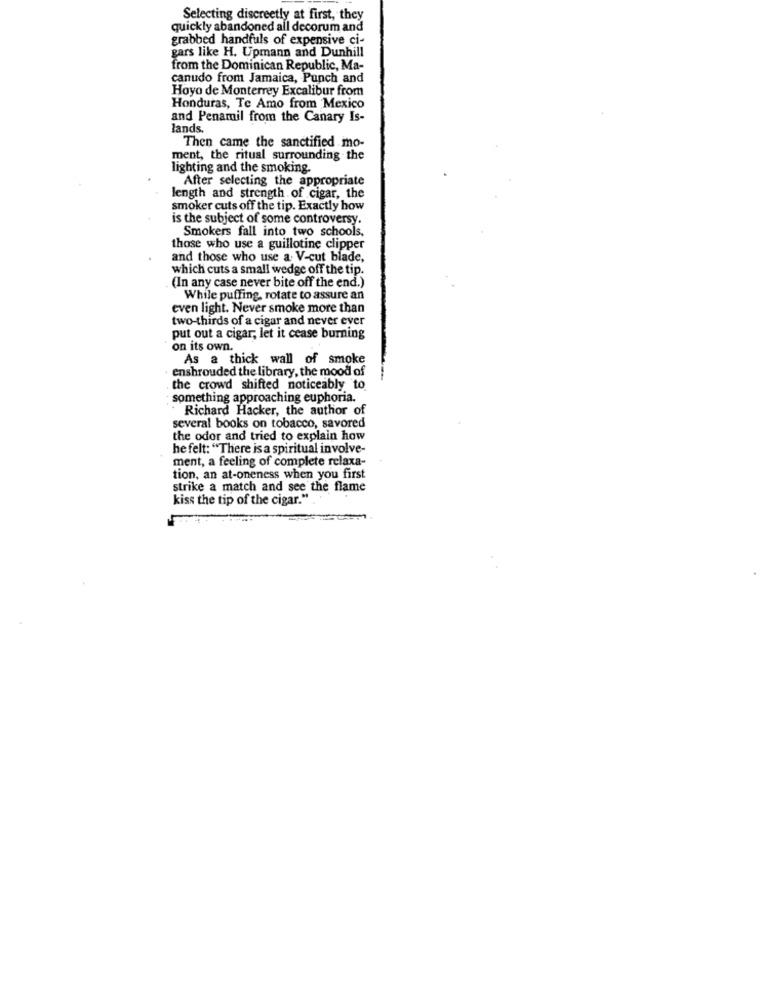
Selecting discreetly at first, they
quickly abandoned all decorum and
grabbed handfuls of expensive ci-
gars like H. Upmann and Dunhill
from the Dominican Republic, Ma-
canudo from Jamaica, Punch and
Hoyo de Monterrey Excalibur from
Honduras, Te Amo from Mexico
and Penamil from the Canary Is-
lands.
Then came the sanctified mo-
ment, the ritual surrounding the
lighting and the smoking.
After selecting the appropriate
length and strength of cigar, the
smoker cuts off the tip. Exactly how
is the subject of some controversy.
Smokers fall into two schools,
those who use a guillotine clipper
and those who use a. V-cut blade,
which cuts a small wedge off the tip.
(In any case never bite off the end.)
While puffing, rotate to assure an
even light. Never smoke more than
two-thirds of a cigar and never ever
put out a cigar, let it cease burning
on its own.
As a thick wall of smoke
enshrouded the library, the mood of
. the crowd shifted noticeably to
something approaching euphoria.
Richard Hacker, the author of
several books on tobacco, savored
the odor and tried to explain how
he felt: "There is a spiritual involve-
ment, a feeling of complete relaxa-
tion, an at-oneness when you first
strike a match and see the flame
kiss the tip of the cigar."